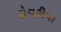
કોચરીયા